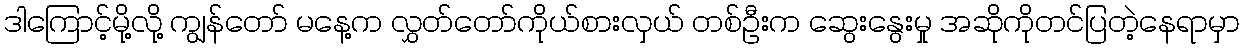
ဒါကြောင့်မို့လို့ ကျွန်တော် မနေ့က လွှတ်တော်ကိုယ်စားလှယ် တစ်ဦးက ဆွေးနွေးမှု အဆိုကိုတင်ပြတဲ့နေရာမှာ